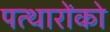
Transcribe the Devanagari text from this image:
पत्थारोंको